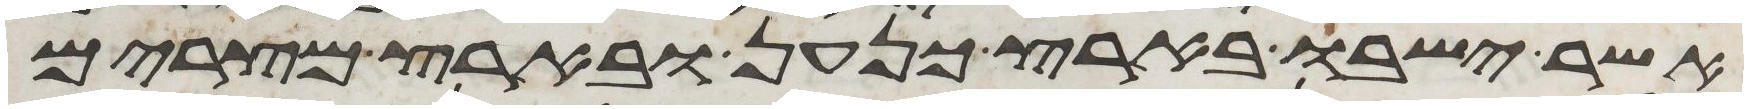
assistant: אשר ישבו בארץ כנען ובארץ מצרים